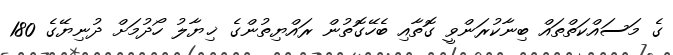
ގެ މަސައްކަތްތައް ބިނާކުރަންވީ ގޮތާއި ބެހޭގޮތުން ރައްޔިތުންގެ ޚިޔާލު ހޯދުމަށް ދުނިޔޭގެ 180